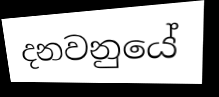
දනවනුයේ